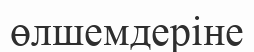
өлшемдеріне